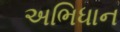
અભિધાન